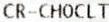
CR-CHOCLT